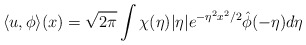
\begin{align*} \langle u,\phi \rangle(x) = \sqrt{2\pi}\int \chi(\eta)\vert\eta\vert e^{-\eta^2x^2/2} \hat{\phi}(-\eta)d\eta\end{align*}